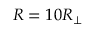
R = 1 0 R _ { \perp }